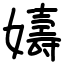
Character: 嬦